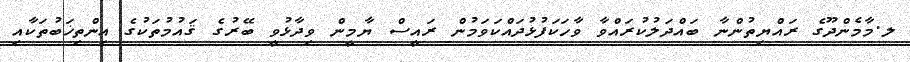
ލ.މާމެންދޫގެ ރައްޔިތުންނާ ބައްދަލުކުރައްވާ ވާހަކަފުޅުދައްކަވަމުން ރައީސް ޔާމީން ވިދާޅުވީ ބޭރުގެ ޤައުމުތަކުގެ އިންތިޚަބުތަކާއި